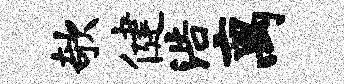
欹健浩离